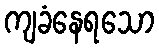
ကျခံနေရသော